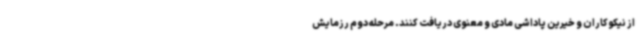
از نیکوکاران و خیرین پاداشی مادی و معنوی دریافت کنند. مرحله دوم رزمایش